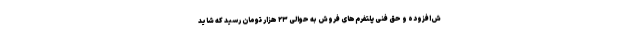
ش‌افزوده و حق فنی پلتفرم‌های فروش به حوالی ۲۳ هزار تومان رسید که شاید